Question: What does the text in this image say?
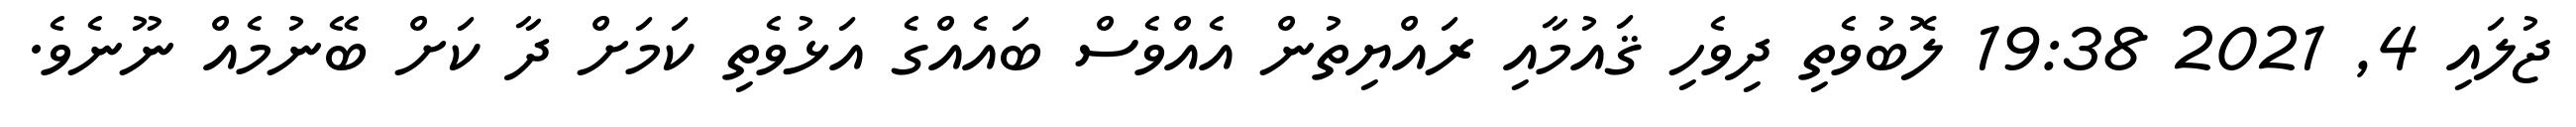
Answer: ޖުލައި 4, 2021 19:38 ލޮބުވެތި ދިވެހި ޤައުމާއި ރައްޔިތުން އެއްވެސް ބައެއްގެ އަޅުވެތި ކަމަށް ދާ ކަށް ބޭނުމެއް ނޫނެވެ.